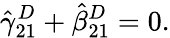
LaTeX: \hat{\gamma}_{21}^{D}+\hat{\beta}_{21}^{D}=0.